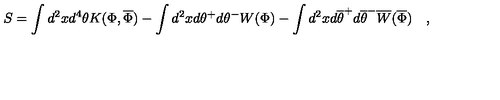
S = \int d ^ { 2 } x d ^ { 4 } \theta K ( \Phi , \overline { { \Phi } } ) - \int d ^ { 2 } x d \theta ^ { + } d \theta ^ { - } W ( \Phi ) - \int d ^ { 2 } x d \overline { { \theta } } ^ { + } d \overline { { \theta } } ^ { - } \overline { { W } } ( \overline { { \Phi } } ) \quad ,